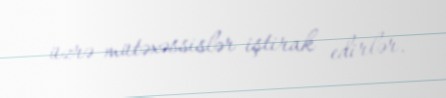
üzrə mütəxəssislər iştirak edirlər.